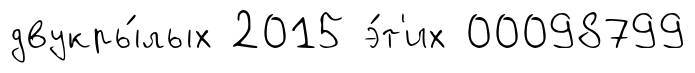
двукры́лых 2015 э́т'их 00098799